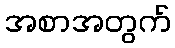
အစာအတွက်